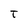
Character: t